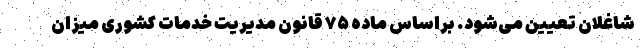
شاغلان تعیین می‌شود. براساس ماده ۷۵ قانون مدیریت خدمات کشوری میزان